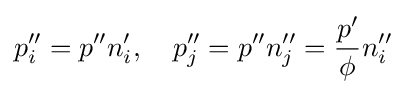
p_{i}''=p''n_{i}',\quad p_{j}''=p''n_{j}''={\frac {p'}{\phi }}n_{i}''